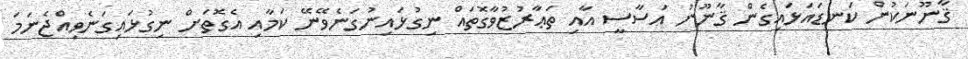
ޤާނޫނަކުން ކަނޑައަޅައިގެން ޤާނޫނު އަސާސީ އާއި ތަޢާރުޒުވާގޮތައް ނިގުޅައިނުގަނެވޭނޭ ކަމާއި އެގޮތަށް ނިގުޅައިގަނެވިއްޖެނަމަ